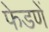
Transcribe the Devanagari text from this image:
फेडणें